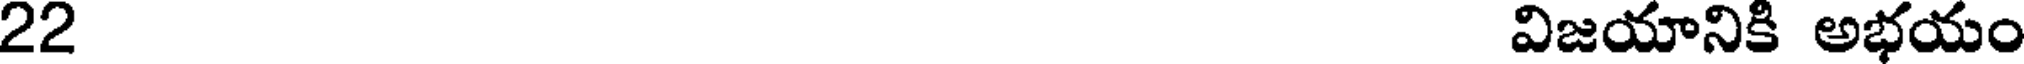
22 విజయానికి అభయం